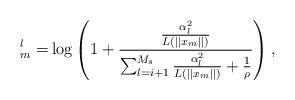
LaTeX: \begin{align*}^l_{m} =& \log\left(1+ \frac{ \frac{ \alpha_l^2}{L\left(|| x_m||\right)} }{ \sum^{M_s}_{l=i+1} \frac{ \alpha_l^2 }{L\left(||x_m||\right)} +\frac{1}{\rho}} \right),\end{align*}